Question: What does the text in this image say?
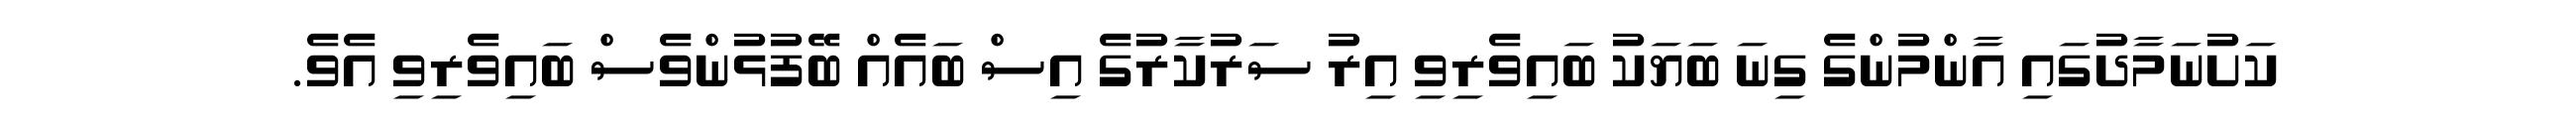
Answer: ކަށުނަމާދުގައި އާންމުންގެ ގިނަ ބަޔަކު ބައިވެރިވި އިރު ސަރުކާރުގެ އިސް ބައެއް ބޭފުޅުންވެސް ބައިވެރިވި އެވެ.